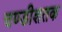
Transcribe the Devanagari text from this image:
चण्डीशतक